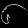
Digit: ၆